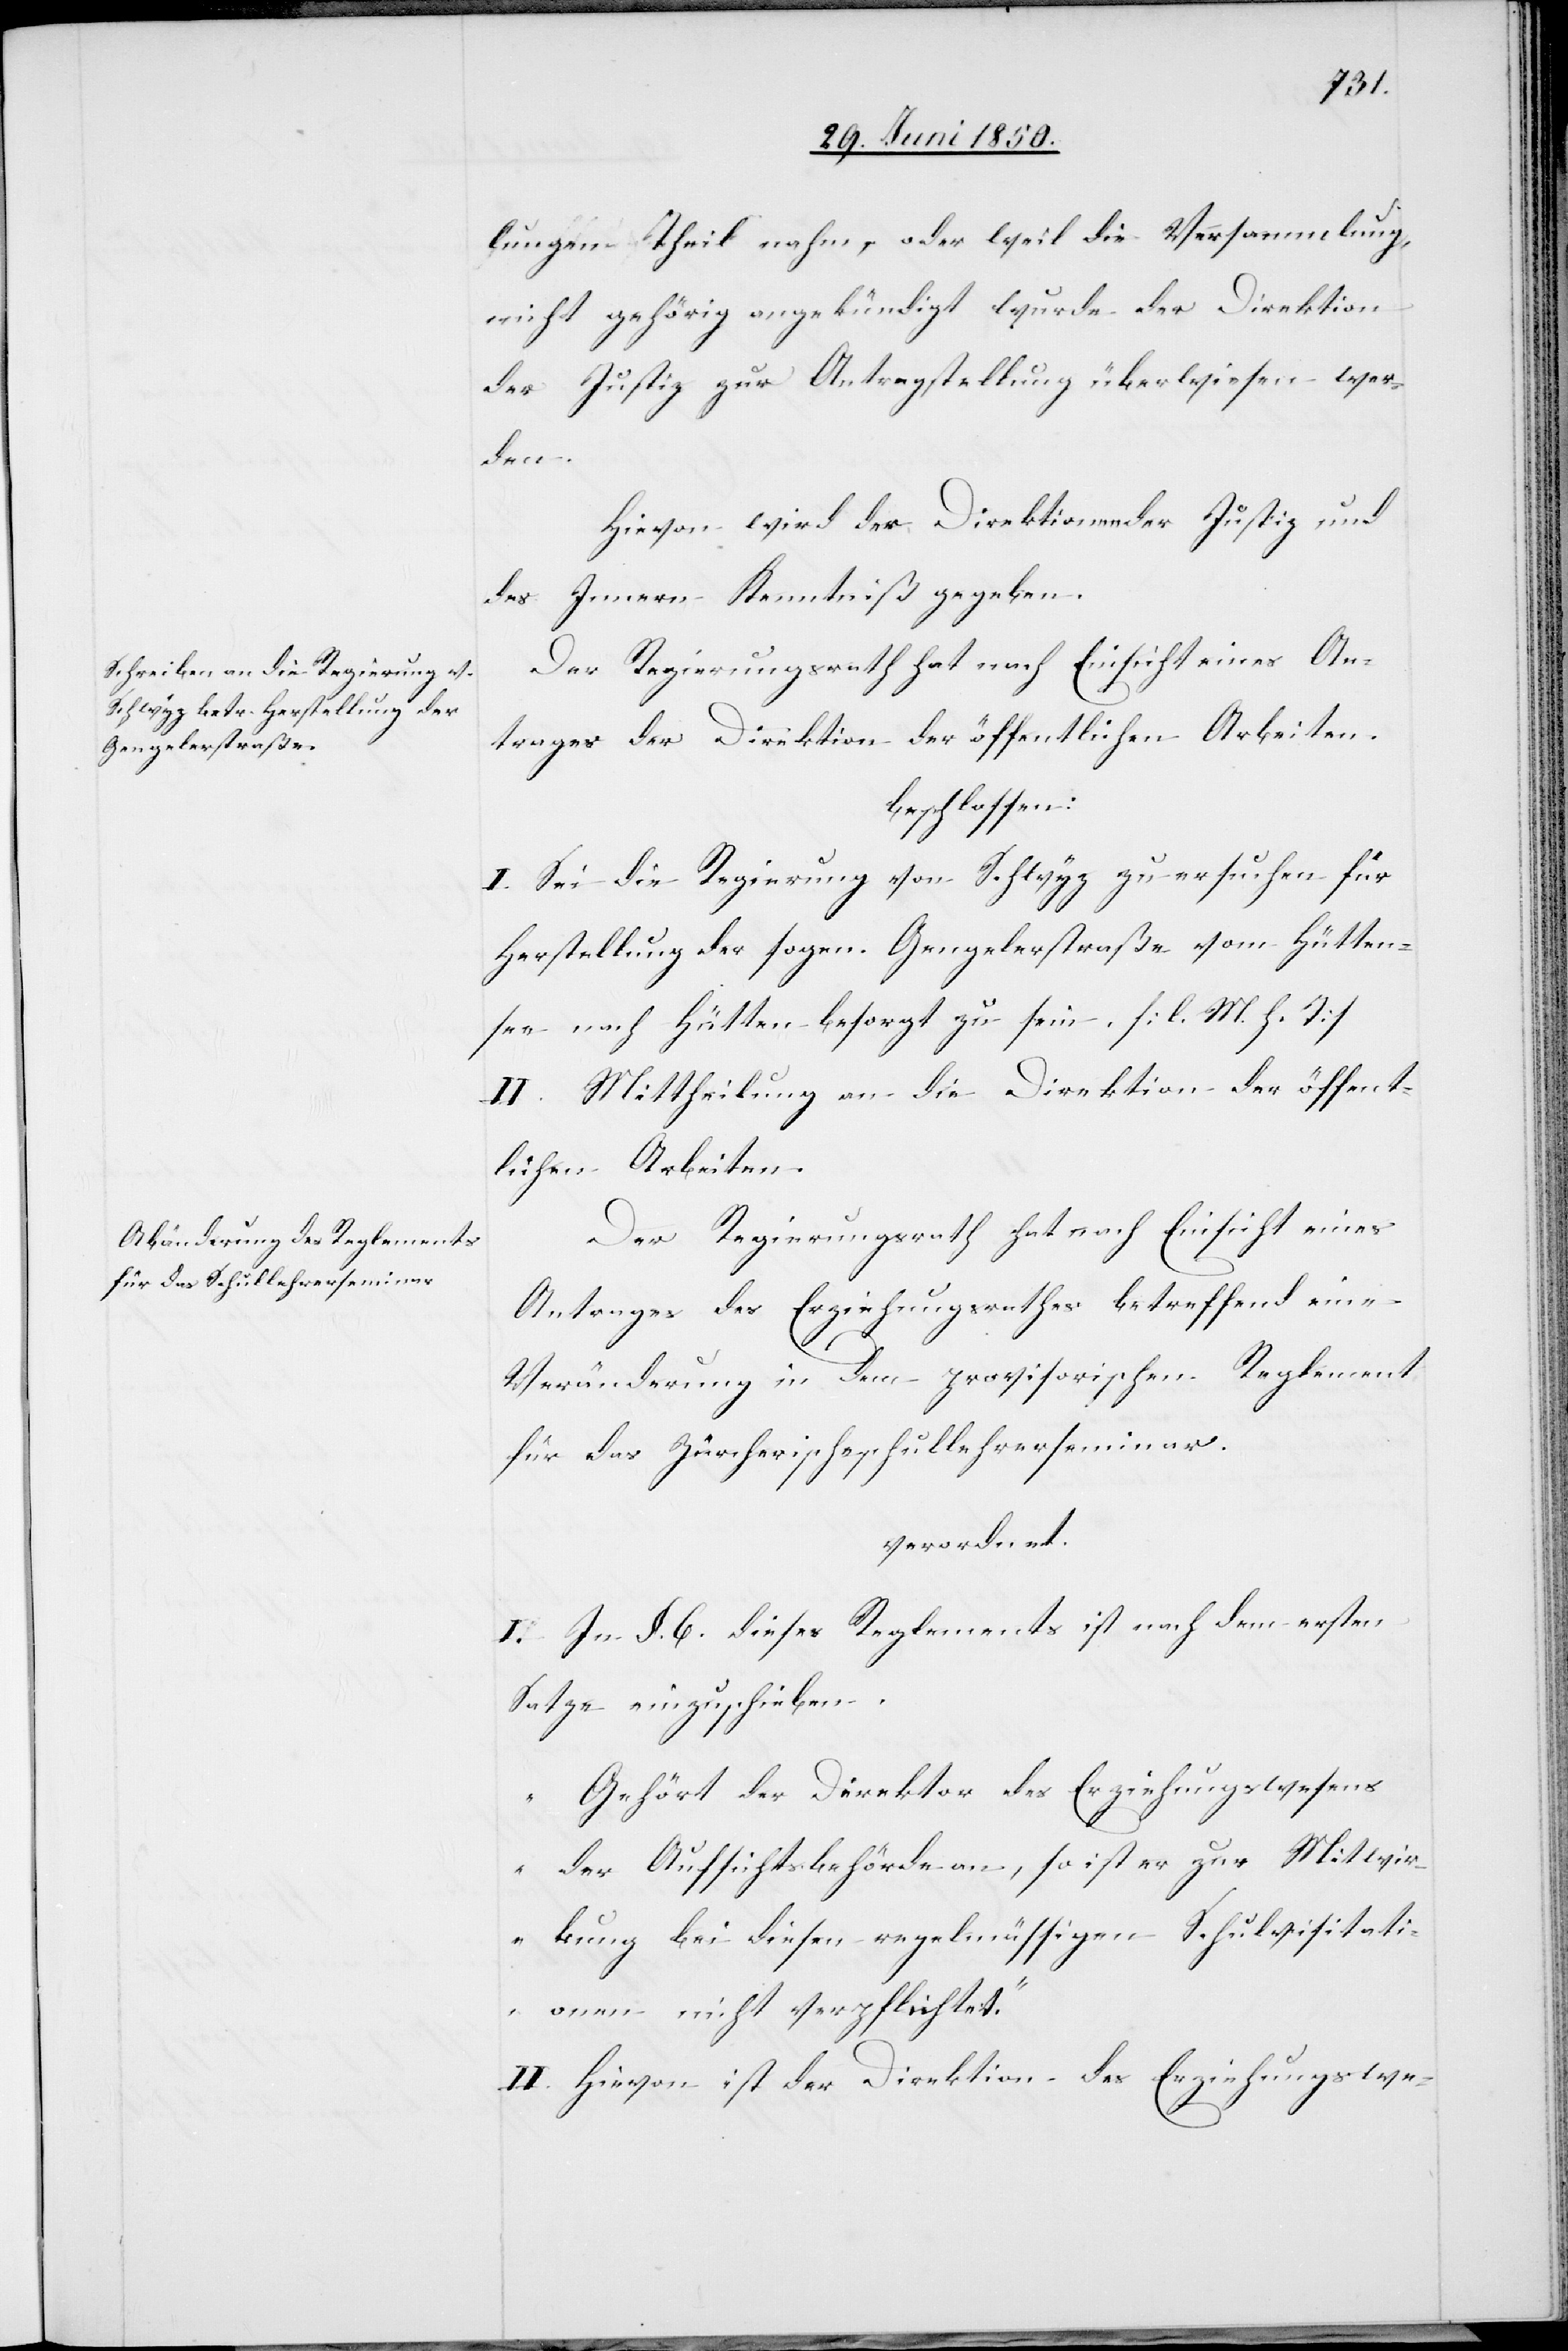
lungen Theil nahm, oder weil die Versammlung,
nicht gehörig angekündigt wurde der Direktion
der Justiz zur Antragstellung überwiesen wer¬
den.
Hievon wird der Direktionen der Justiz und
des Innern Kenntniß gegeben.
Der Regierungsrath hat nach Einsicht eines An¬
trages der Direktion der öffentlichen Arbeiten.
beschlossen:
I. Sei die Regierung von Schwyz zu ersuchen für
Herstellung der sogen. Gengelerstraße vom Hütten¬
see nach Hütten besorgt zu sein. [l. M. h. T]
II. Mittheilung an die Direktion der öffent¬
lichen Arbeiten.
Der Regierungsrath hat nach Einsicht eines
Antrages des Erziehungsrathes betreffend eine
Veränderung in dem provisorischen Reglement
für das Zürcherischeschullehrerseminar.
verordnet.
I. In §. 6. dieses Reglements ist nach dem ersten
Satze einzuschieben.
„Gehört der Direktor des Erziehungswesens
der Aufsichtsbehörde an, so ist er zur Mitwir¬
kung bei diesen regelmässigen Schulvisitati¬
onen nicht verpflichtet.“
II. Hievon ist der Direktion des Erziehungswe-